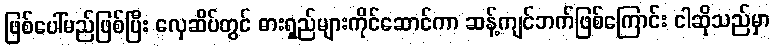
ဖြစ်ပေါ်မည်ဖြစ်ပြီး လှေဆိပ်တွင် ဓားရှည်များကိုင်ဆောင်ကာ ဆန့်ကျင်ဘက်ဖြစ်ကြောင်း ငါဆိုသည်မှာ